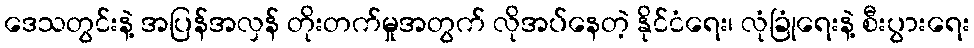
ဒေသတွင်းနဲ့ အပြန်အလှန် တိုးတက်မှုအတွက် လိုအပ်နေတဲ့ နိုင်ငံရေး၊ လုံခြုံရေးနဲ့ စီးပွားရေး